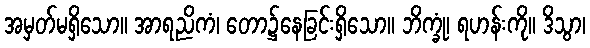
အမှတ်မရှိသော။ အာရညိကံ၊ တော၌နေခြင်းရှိသော။ ဘိက္ခုံ၊ ရဟန်းကို။ ဒိသွာ၊